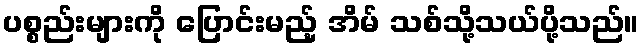
ပစ္စည်းများကို ပြောင်းမည့် အိမ် သစ်သို့သယ်ပို့သည်။